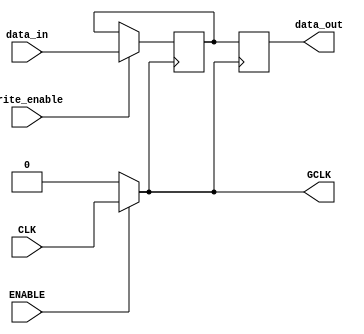
module static_clock_gating (
    input wire CLK,          // Main clock signal
    input wire ENABLE,       // Gating control signal
    output wire GCLK,        // Gated clock signal
    input wire [7:0] data_in, // Data input for memory
    input wire write_enable,  // Write enable signal
    output reg [7:0] data_out // Data output from memory
);

    // Clock gating logic
    assign GCLK = ENABLE ? CLK : 1'b0;

    // Memory block (simple register array for demonstration)
    reg [7:0] memory [0:15]; // 16 x 8-bit memory

    // Memory operation
    always @(posedge GCLK) begin
        if (write_enable) begin
            // Write data to memory
            memory[0] <= data_in; // Example: writing to address 0
        end
        // Read data from memory
        data_out <= memory[0]; // Example: reading from address 0
    end

endmodule